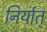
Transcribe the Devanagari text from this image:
निर्यात्‌